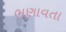
ભણાવતા